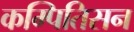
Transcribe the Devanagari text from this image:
कम्पितिसन